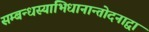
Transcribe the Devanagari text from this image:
सम्बन्धस्याभिधानान्तोदनाद्वा